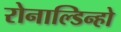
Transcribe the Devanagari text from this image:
रोनाल्डिन्हो